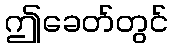
ဤခေတ်တွင်